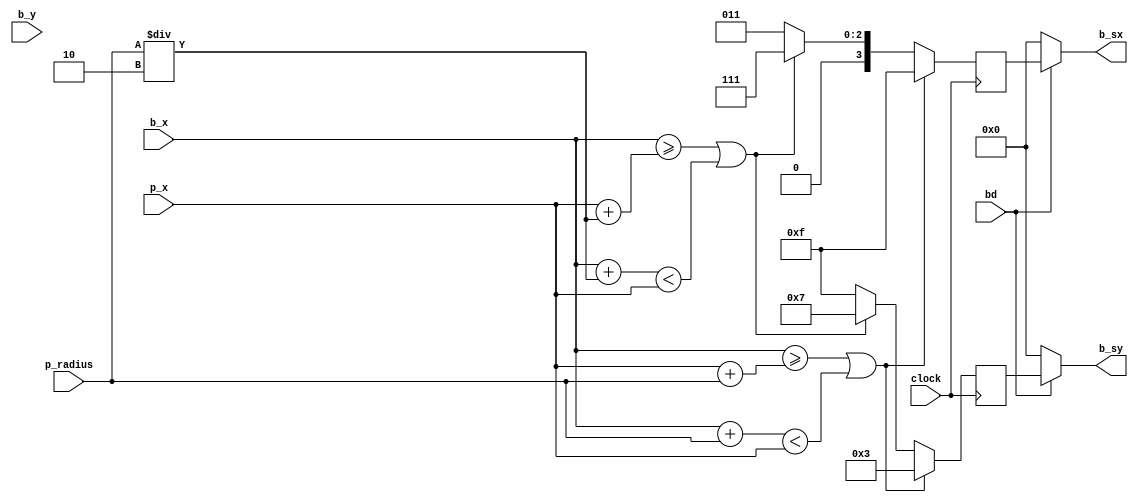
module ball_speed(
	input clock,
	input [9:0] b_x, b_y, p_x,
	input [5:0] p_radius,
	input bd,
	output [3:0] b_sx, b_sy
);

reg [3:0] sx, sy;

always @(posedge clock)
begin
	if (b_x >= p_x+p_radius || b_x + p_radius < p_x) begin
		sx = 4'b1111;
		sy = 4'b0011;
	end else if (b_x >= p_x+p_radius/2 || b_x + p_radius/2 < p_x) begin
		sx = 4'b0111;
		sy = 4'b0111;
	end else begin
		sx = 4'b0011;
		sy = 4'b1111;
	end
end

assign b_sx = bd ? sx : 4'b0000;
assign b_sy = bd ? sy : 4'b0000;
endmodule